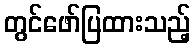
တွင်ဖော်ပြထားသည့်